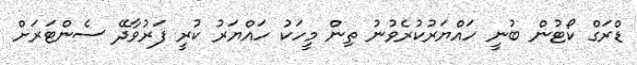
ޑްރަގް ކޯޓުން ބުނީ ހައްޔަރުކުރެވުނު ތިން މީހަކު ހައްޔަރު ކުރީ ފަރުވާދޭ ސެންޓަރަށް